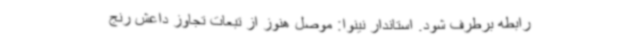
رابطه برطرف شود. استاندار نینوا: موصل هنوز از تبعات تجاوز داعش رنج